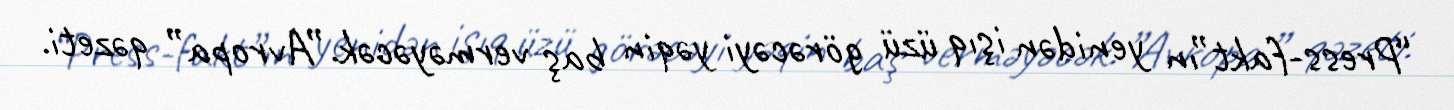
“Press-fakt”ın yenidən işıq üzü görəcəyi yəqin baş verməyəcək.”Avropa” qəzeti.